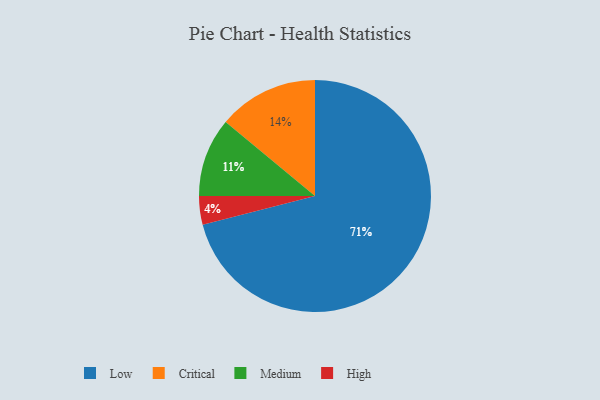
{"axis": {"x": "Category", "y": "Percentage"}, "legend": ["Critical", "High", "Low", "Medium"], "data": [{"x": "Critical", "y": 14, "type": "Critical"}, {"x": "Medium", "y": 11, "type": "Medium"}, {"x": "High", "y": 4, "type": "High"}, {"x": "Low", "y": 71, "type": "Low"}]}